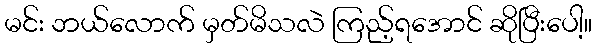
မင်း ဘယ်လောက် မှတ်မိသလဲ ကြည့်ရအောင် ဆိုပြီးပေါ့။